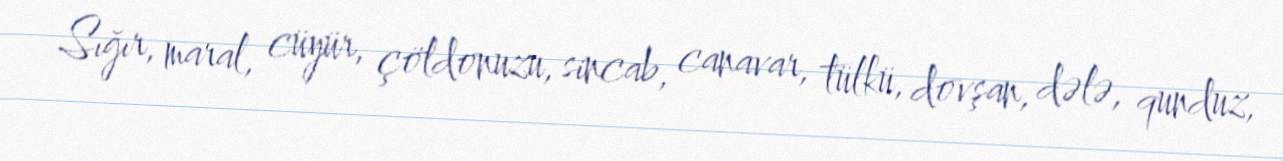
Sığır, maral, cüyür, çöldonuzu, sincab, canavar, tülkü, dovşan, dələ, qunduz,